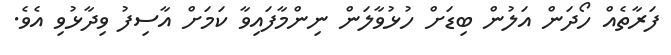
ފަރާތެއް ހޯދަން އަލުން ބިޑަށް ހުޅުވާލަން ނިންމާފައިވާ ކަަމަށް އާސިފު ވިދާޅުވި އެވެ.